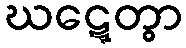
ဃဋ္ဋေတွာ